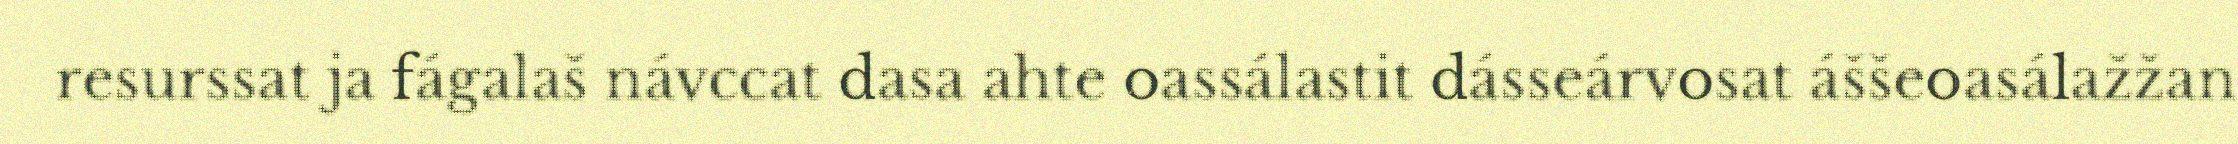
resurssat ja fágalaš návccat dasa ahte oassálastit dásseárvosat áššeoasálažžan